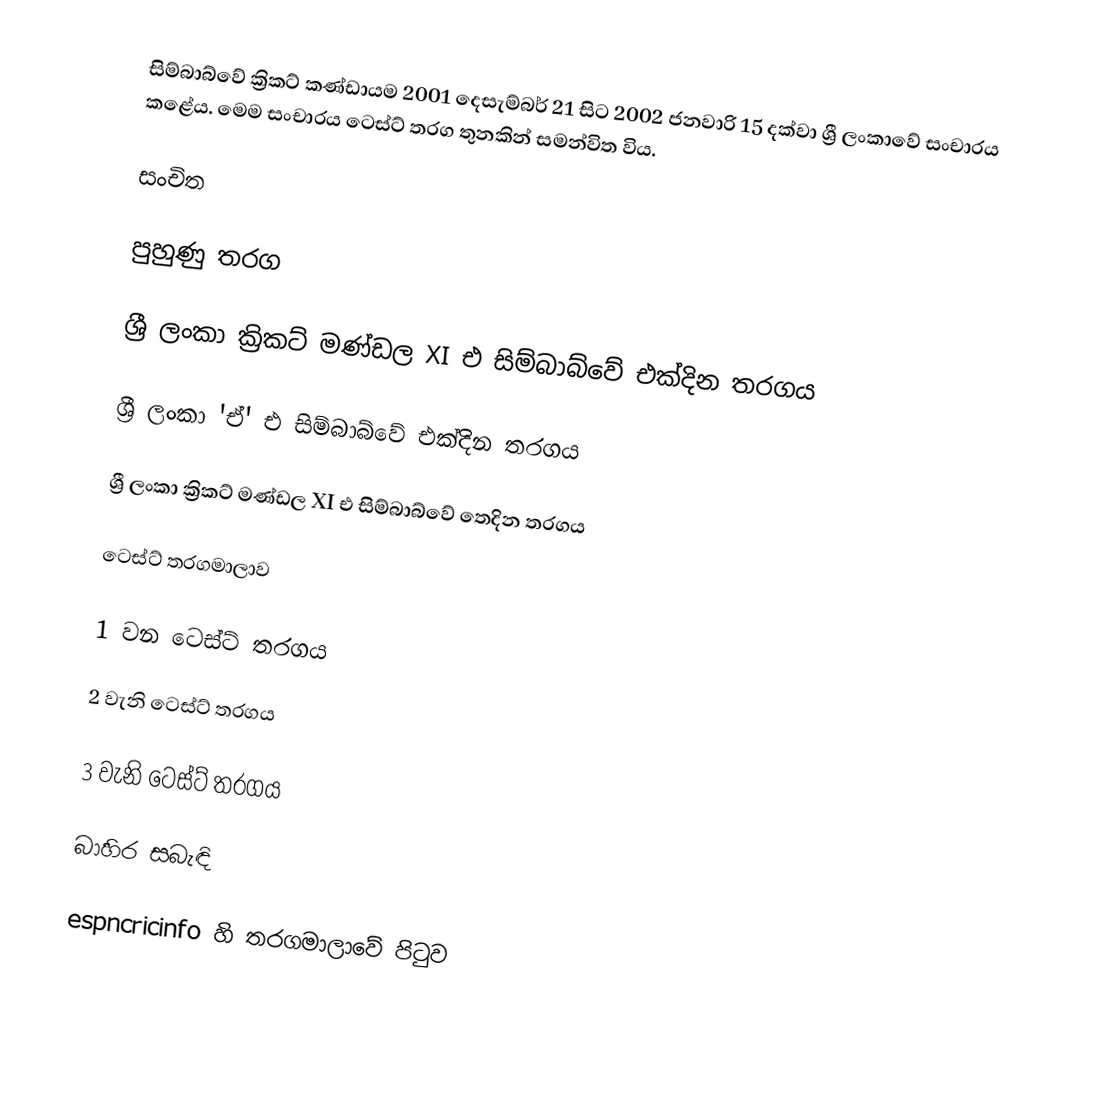
සිම්බාබ්වේ ක්‍රිකට් කණ්ඩායම 2001 දෙසැම්බර් 21 සිට 2002 ජනවාරි 15 දක්වා ශ්‍රී ලංකාවේ සංචාරය කළේය. මෙම සංචාරය ටෙස්ට් තරග තුනකින් සමන්විත විය.

සංචිත

පුහුණු තරග

ශ්‍රී ලංකා ක්‍රිකට් මණ්ඩල XI එ සිම්බාබ්වේ එක්දින තරගය

ශ්‍රී ලංකා 'ඒ' එ සිම්බාබ්වේ එක්දින තරගය

ශ්‍රී ලංකා ක්‍රිකට් මණ්ඩල XI එ සිම්බාබ්වේ තෙදින තරගය

ටෙස්ට් තරගමාලාව

1 වන ටෙස්ට් තරගය

2 වැනි ටෙස්ට් තරගය

3 වැනි ටෙස්ට් තරගය

බාහිර සබැඳි

 espncricinfo හි තරගමාලාවේ පිටුව